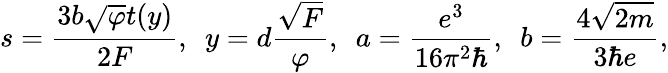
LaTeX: s=\frac{3b\sqrt{\varphi}t(y)}{2F},~~y=d\frac{{\sqrt F}}{\varphi},~~a=\frac{{{e^{3}}}}{{16{\pi^{2}}\hbar}},~~b=\frac{{4\sqrt{2m}}}{{3\hbar e}},